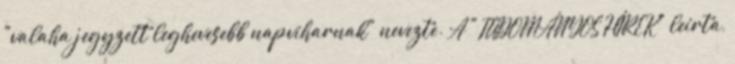
"valaha jegyzett leghevesebb napviharnak" nevezte. A "TUDOMÁNYOS HÍREK" leírta,